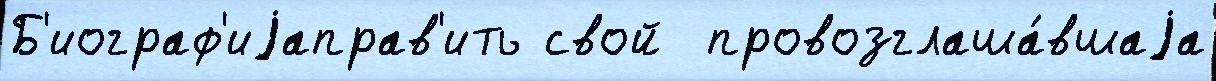
Б'иограф'иjаправ'ить свой  провозглаша́вшаjа